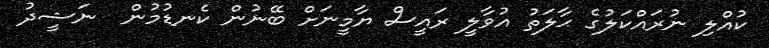
ކުއްލި ނުރައްކަލުގެ ޙާލަތު އުވާލީ ރައީސް ޔާމީނަށް ބޭނުން ކެނޑުމުން  ނަޝީދު